Report of the Indian Hemp Drugs Commission, 1894-1895 - Volume III
Year: 1894
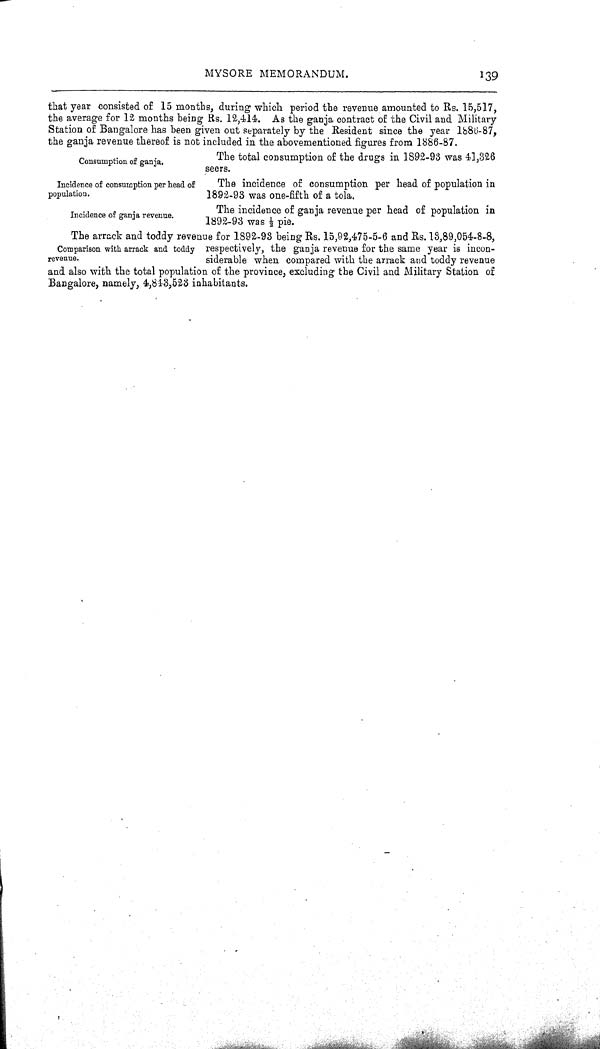
MYSORE MEMORANDUM.
139
that year consisted of 15 months, during which period the revenue amounted to Rs. 15,517,
the average for 12 months being Rs. 12,414. As the ganja contract of the Civil and Military
Station of Bangalore has been given out separately by the Resident since the year 1886-87,
the ganja revenue thereof is not included in the abovementioned figures from 1886-87.
Consumption of ganja.
The total consumption of the drugs in 1892-93 was 41,326
seers.
Incidence of consumption per head of
population.
The incidence of consumption per head of population in
1892-93 was one-fifth of a tola.
Incidence of ganja revenue.
The incidence of ganja revenue per head of population in
1892-93 was ½ pie.
Comparison with arrack and toddy
revenue.
The arrack and toddy revenue for 1892-93 being Rs. 15,92,475-5-6 and Rs. 13,89,054-8-8,
respectively, the ganja revenue for the same year is incon-
siderable when compared with the arrack and toddy revenue
and also with the total population of the province, excluding the Civil and Military Station of
Bangalore, namely, 4,843,523 inhabitants.